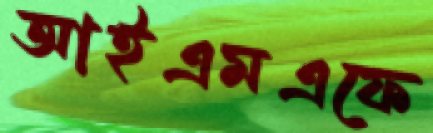
আইএমএফে